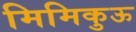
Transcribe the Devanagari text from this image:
मिमिकुऊ